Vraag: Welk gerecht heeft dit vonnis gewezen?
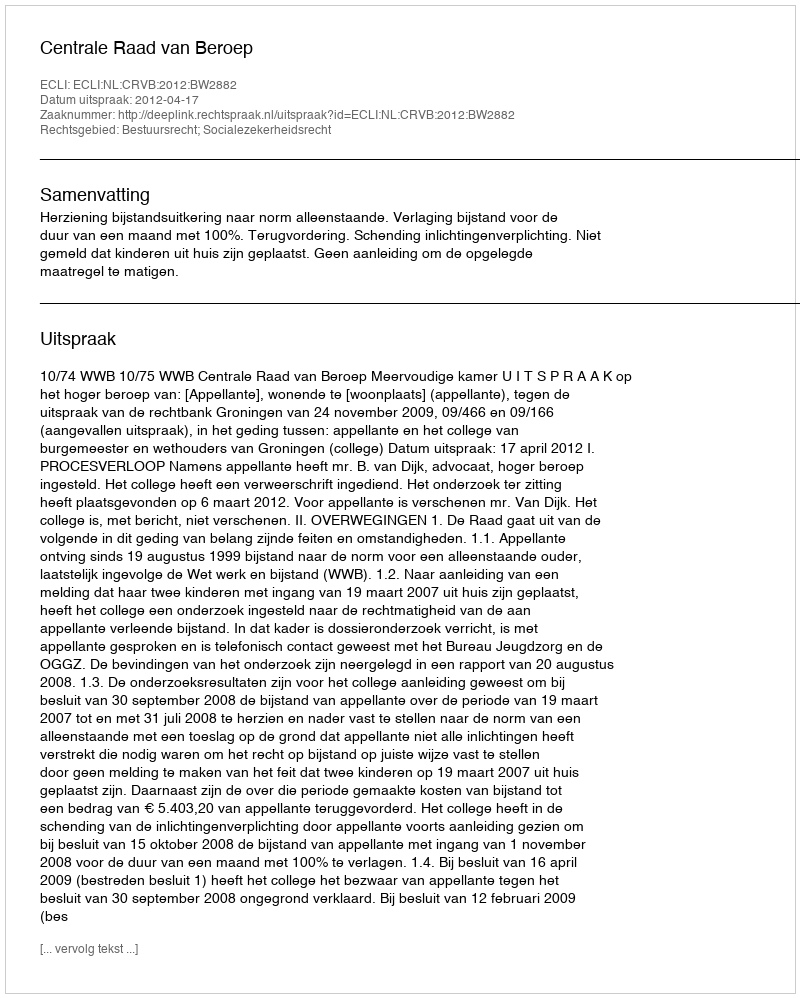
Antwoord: Centrale Raad van Beroep